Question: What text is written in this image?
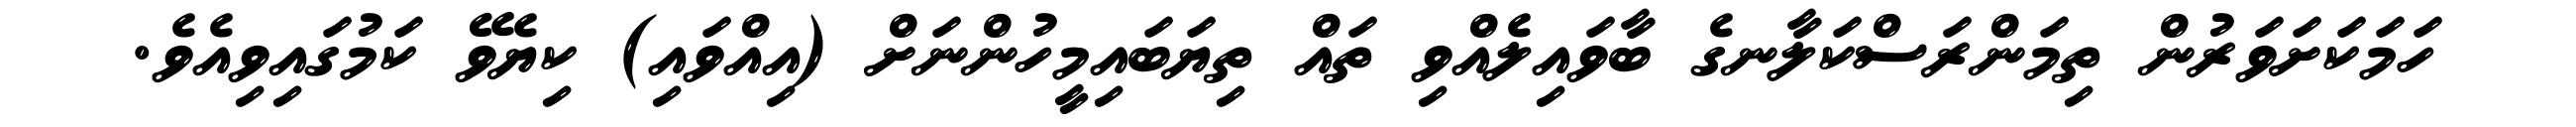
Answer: ހަމަކަށަވަރުން ތިމަންރަސްކަލާނގެ ބާވައިލެއްވި ތައް ތިޔަބައިމީހުންނަށް (އިއްވައި) ކިޔެވޭ ކަމުގައިވިއެވެ.